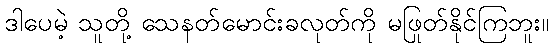
ဒါပေမဲ့ သူတို့ သေနတ်မောင်းခလုတ်ကို မဖြုတ်နိုင်ကြဘူး။